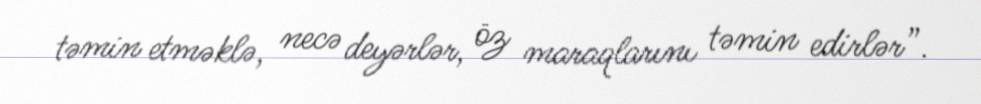
təmin etməklə, necə deyərlər, öz maraqlarını təmin edirlər”.